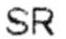
SR